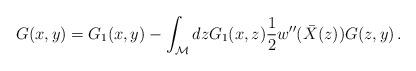
LaTeX: \begin{align*}G(x,y)=G_1(x,y)-\int_{\cal M} dz G_1(x,z)\frac 12 w''(\bar X(z))G(z,y) \, .\end{align*}